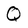
Character: Q